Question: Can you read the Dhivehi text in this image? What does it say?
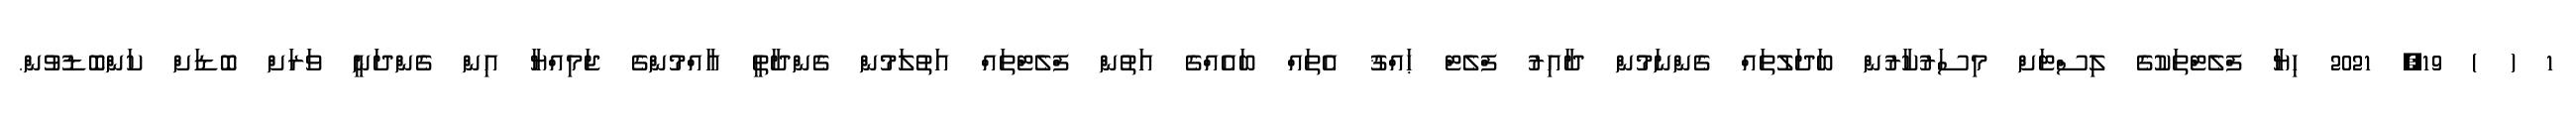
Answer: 1 ( ) 19, 2021 ހިޔާ ފްލެޓްތަކުގެ ލިސްޓަށް މިސަރުކާރުން ބަދަލުތައް ގެންނަމުން ދާއިރު ފްލެޓް ޙައްޤު އެތައް ބައެއްގެ އަތުން ފްލެޓްތައް އަތުލަމުން ގެންދާތީ އާއްމުންގެ ޖަމިއްޔާ އިން ގެންދަނީ ވަރަށް ބޮޑަށް ކަންބޮޑުވުން.